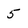
Character: 5